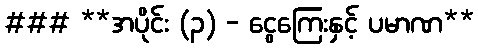
### **အပိုင်း (၃) - ငွေကြေးနှင့် ပမာဏ**